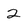
Character: 2